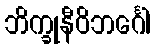
ဘိက္ခုနီဝိဘင်္ဂေါ